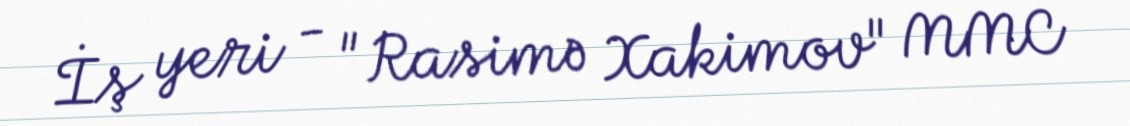
İş yeri - "Rasimə Xakimov" MMC